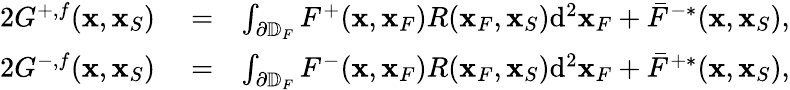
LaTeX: \begin{array}{rlr}{2G^{+,f}({\mathbf x},{\mathbf x}_{S})}&{{}=}&{\int_{\partial\mathbb{D}_{F}}F^{+}({\mathbf x},{\mathbf x}_{F})R({\mathbf x}_{F},{\mathbf x}_{S})\mathrm{d}^{2}{\mathbf x}_{F}+\bar{F}^{-*}({\mathbf x},{\mathbf x}_{S}),}\\ {2G^{-,f}({\mathbf x},{\mathbf x}_{S})}&{{}=}&{\int_{\partial\mathbb{D}_{F}}F^{-}({\mathbf x},{\mathbf x}_{F})R({\mathbf x}_{F},{\mathbf x}_{S})\mathrm{d}^{2}{\mathbf x}_{F}+\bar{F}^{+*}({\mathbf x},{\mathbf x}_{S}),}\end{array}